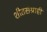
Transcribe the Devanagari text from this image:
शीतसंग्राही